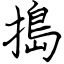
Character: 搗